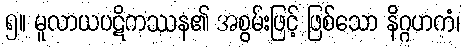
၅။ မူလာယပဋိကဿန၏ အစွမ်းဖြင့် ဖြစ်သော နိဂ္ဂဟကံ၊